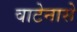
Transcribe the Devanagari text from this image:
वाटेनासे